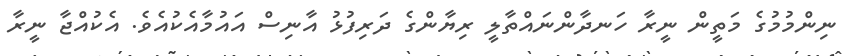
ނިންމުމުގެ މަތީން ނީރާ ހަނދާންނައްތާލީ ރިޔާންގެ ދަރިފުޅު އާނިސް އައުމާއެކުއެވެ. އެކުއްޖާ ނީރާ